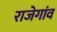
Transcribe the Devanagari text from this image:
राजेगांव